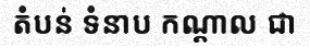
តំបន់ ទំនាប កណ្តាល ជា